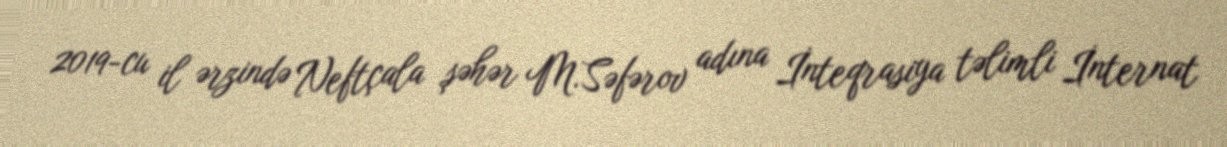
2019-cu il ərzində Neftçala şəhər M.Səfərov adına İnteqrasiya təlimli İnternat